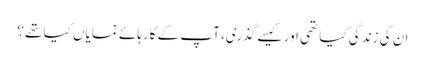
ان کی زندگی کیا تھی اور کیسے گذری، آپ کے کارہائے نمایاں کیا تھے؟